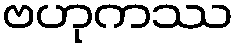
ဗဟုကဿ